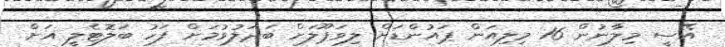
އޭސީ މިލާނުން 16 މިލިއަން ޕައުންޑަށް ލިވަޕޫލަށް ބަދަލުވުމަށް ފަހު ބަލޮޓެލީ އަށް